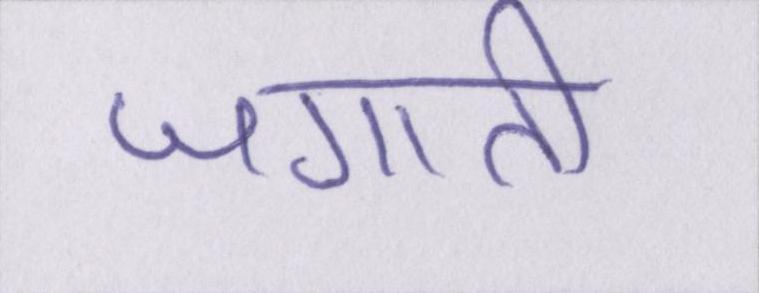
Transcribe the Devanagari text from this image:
जगाती